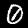
Digit: 0